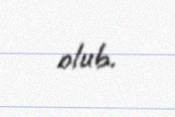
olub.